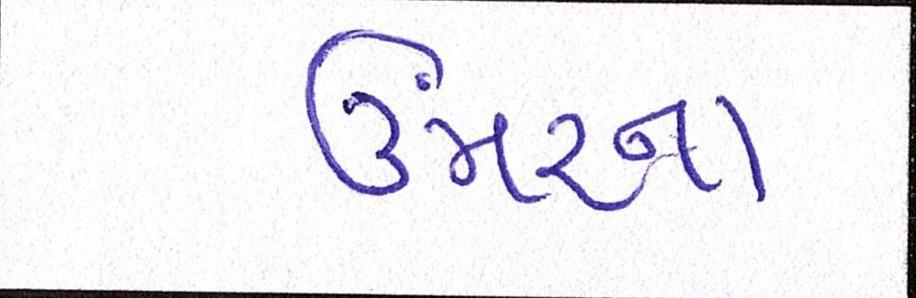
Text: ઉંમરના